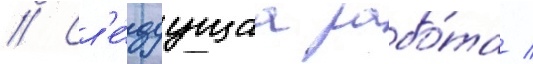
// Сл'е́дуущаа рабо́та /